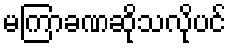
မကြာခဏဆိုသလိုပင်